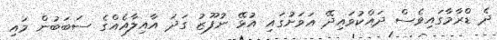
ދެ ޑްރާމާގައިވެސް ދައްކުވައިދޭ އަވަށުގައި އުޅޭ ނުފޫޒު ގަދަ އާއިލާއެއްގެ ސަބަބުން މައި